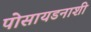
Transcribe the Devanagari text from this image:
पोसायडनाशी